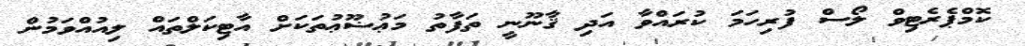
ކޮމްޕެރެޓިވް ލޯސް ފުރިހަމަ ކުރައްވާ އަދި ޤާނޫނީ ތަފާތު މަޢުޟޫޢުތަކަށް އާޓިކަލްތައް ލިއުއްވަމުން